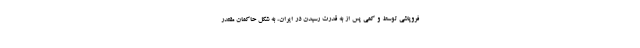
فروپاشی توسط و کمی پس از به قدرت رسیدن در ایران، به شکل حاکمان مقتدر